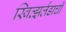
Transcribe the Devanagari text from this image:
स्वित्झर्लंडाची